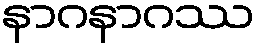
နာဂနာဂဿ